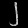
Digit: ၂